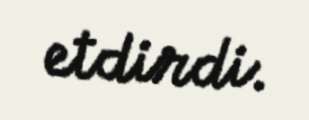
etdirdi.